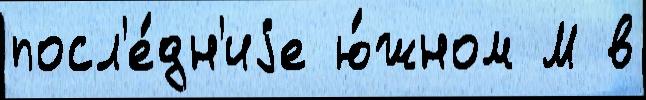
посл'е́дн'иjе ю́жном М в